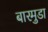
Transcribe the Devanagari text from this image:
बारमुडा